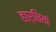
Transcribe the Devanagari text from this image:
हार्नियां